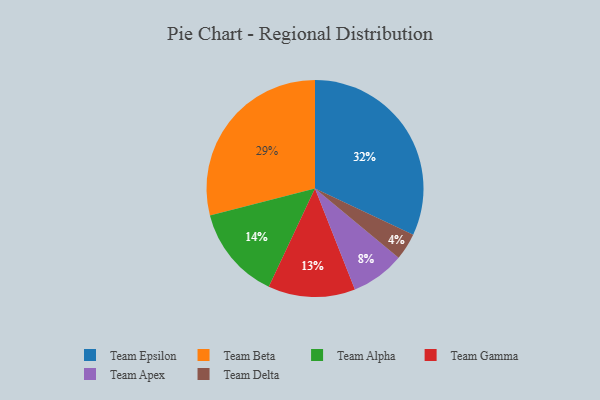
{"axis": {"x": "Category", "y": "Percentage"}, "legend": ["Team Alpha", "Team Apex", "Team Beta", "Team Delta", "Team Epsilon", "Team Gamma"], "data": [{"x": "Team Beta", "y": 29, "type": "Team Beta"}, {"x": "Team Alpha", "y": 14, "type": "Team Alpha"}, {"x": "Team Delta", "y": 4, "type": "Team Delta"}, {"x": "Team Epsilon", "y": 32, "type": "Team Epsilon"}, {"x": "Team Gamma", "y": 13, "type": "Team Gamma"}, {"x": "Team Apex", "y": 8, "type": "Team Apex"}]}